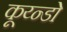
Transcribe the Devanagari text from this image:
कूय्न्डो